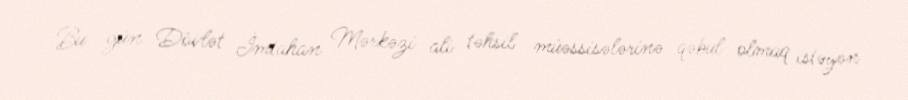
Bu gün Dövlət İmtahan Mərkəzi ali təhsil müəssisələrinə qəbul olmaq istəyən